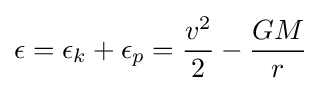
\epsilon =\epsilon _{k}+\epsilon _{p}={\frac {v^{2}}{2}}-{\frac {GM}{r}}